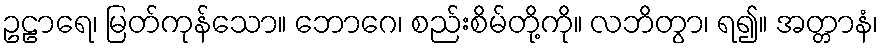
ဥဠာရေ၊ မြတ်ကုန်သော။ ဘောဂေ၊ စည်းစိမ်တို့ကို။ လဘိတွာ၊ ရ၍။ အတ္တာနံ၊